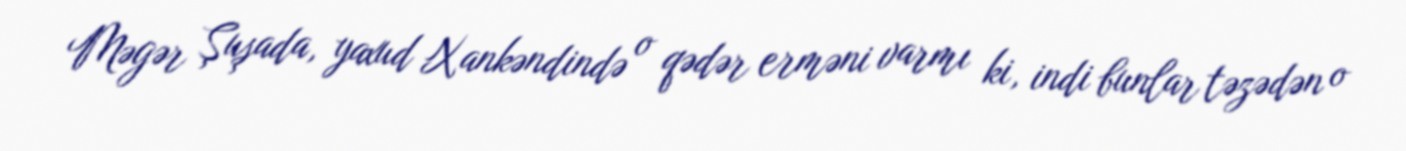
Məgər Şuşada, yaxud Xankəndində o qədər erməni varmı ki, indi bunlar təzədən o